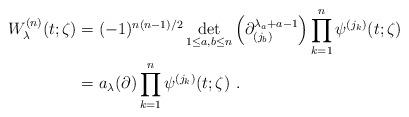
LaTeX: \begin{align*}\begin{aligned}W^{(n)}_{\lambda}(t;\zeta)&= (-1)^{n(n-1)/2}\det_{1\leq a, b\leq n}\left(\partial_{(j_b)}^{\lambda_a+a-1}\right)\prod_{k=1}^n\psi^{(j_k)}(t;\zeta)\\&=a_\lambda(\partial)\prod_{k=1}^n\psi^{(j_k)}(t;\zeta)\ .\end{aligned}\end{align*}